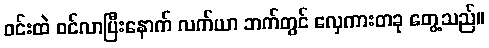
ဝင်းထဲ ဝင်လာပြီးနောက် လက်ယာ ဘက်တွင် လှေကားတခု တွေ့သည်။